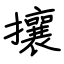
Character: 攘